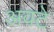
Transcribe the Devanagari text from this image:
अवटे